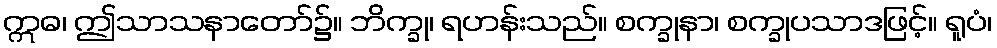
ဣဓ၊ ဤသာသနာတော်၌။ ဘိက္ခု၊ ရဟန်းသည်။ စက္ခုနာ၊ စက္ခုပသာဒဖြင့်။ ရူပံ၊